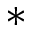
*